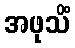
အဖုသိံ